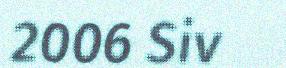
2006 Siv